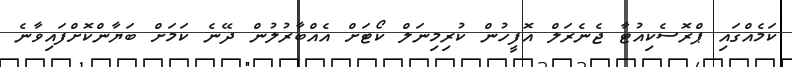
ކަމެއްގައި ޕްރޮސެކިއުޓާ ޖެނެރަލް އޮފީހުން ކުރިމިނަލް ކޯޓަށް އެއްބާރުލުން ދޭނެ ކަމަށް ބަޔާންކޮށްފައިވާނެ